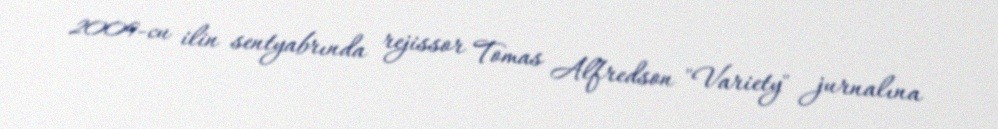
2009-cu ilin sentyabrında rejissor Tomas Alfredson "Variety" jurnalına